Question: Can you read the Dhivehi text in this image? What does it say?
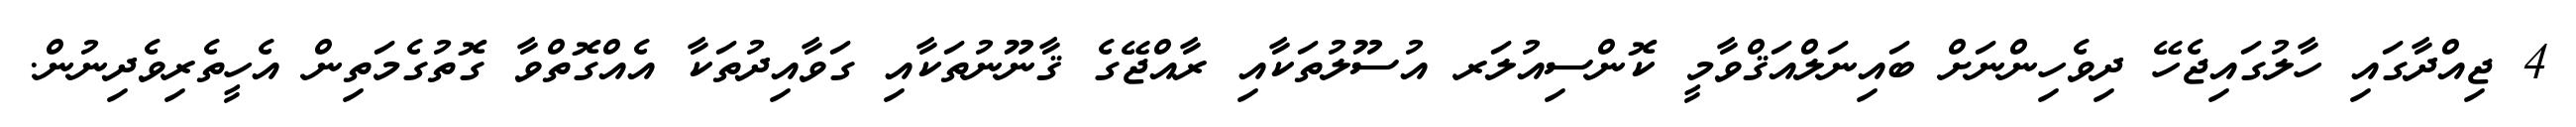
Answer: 4 ޖިއްދާގައި ހާލުގައިޖެހޭ ދިވެހިންނަށް ބައިނަލްއަޤްވާމީ ކޮންސިއުލަރ އުސޫލުތަކާއި ރާއްޖޭގެ ޤާނޫނުތަކާއި ގަވާއިދުތަކާ އެއްގޮތްވާ ގޮތުގެމަތިން އެހީތެރިވެދިނުން.